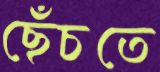
ছেঁচতে